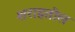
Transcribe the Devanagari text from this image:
शराहतील